Vaccination in Bombay 1869-1873 - 1869-1873
Year: 1869
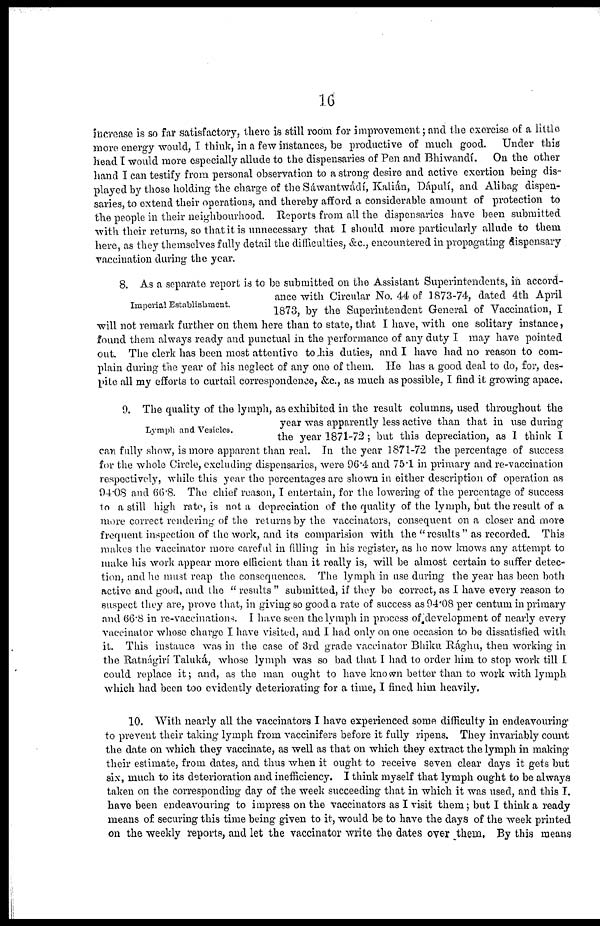
16
increase is so far satisfactory, there is still room for improvement; and the exercise of a little
more energy would, I think, in a few instances, be productive of much good. Under this
head I would more especially allude to the dispensaries of Pen and Bhiwandí. On the other
hand I can testify from personal observation to a strong desire and active exertion being dis-
played by those holding the charge of the Sáwantwádí, Kalián, Dápulí, and Alibag dispen-
saries, to extend their operations, and thereby afford a considerable amount of protection to
the people in their neighbourhood. Reports from all the dispensaries have been submitted
with their returns, so that it is unnecessary that I should more particularly allude to them
here, as they themselves fully detail the difficulties, &c., encountered in propagating dispensary
vaccination during the year.
Imperial Establishment.
8. As a separate report is to be submitted on the Assistant Superintendents, in accord-
ance with Circular No. 44 of 1873-74, dated 4th April
1873, by the Superintendent General of Vaccination, I
will not remark further on them here than to state, that I have, with one solitary instance,
found them always ready and punctual in the performance of any duty I may have pointed
out. The clerk has been most attentive to his duties, and I have had no reason to com-
plain during the year of his neglect of any one of them. He has a good deal to do, for, des-
pite all my efforts to curtail correspondence, &c., as much as possible, I find it growing apace.
Lymph and Vesicles.
9. The quality of the lymph, as exhibited in the result columns, used throughout the
year was apparently less active than that in use during
the year 1871-72; but this depreciation, as I think I
can fully show, is more apparent than real. In the year 1871-72 the percentage of success
for the whole Circle, excluding dispensaries, were 96.4 and 75.1 in primary and re-vaccination
respectively, while this year the percentages are shown in either description of operation as
94.08 and 66.8. The chief reason, I entertain, for the lowering of the percentage of success
to a still high rate, is not a depreciation of the quality of the lymph, but the result of a
more correct rendering of the returns by the vaccinators, consequent on a closer and more
frequent inspection of the work, and its comparision with the " results " as recorded. This
makes the vaccinator more careful in filling in his register, as he now knows any attempt to
make his work appear more efficient than it really is, will be almost certain to suffer detec-
tion, and he must reap the consequences. The lymph in use during the year has been both
active and good, and the " results " submitted, if they be correct, as I have every reason to
suspect they are, prove that, in giving so good a rate of success as 94.08 per centum in primary
and 66.8 in re-vaccinations. I have seen the lymph in process of development of nearly every
vaccinator whose charge I have visited, and I had only on one occasion to be dissatisfied with
it. This instance was in the case of 3rd grade vaccinator Bhiku Rághu, then working in
the Ratnágirí Taluká, whose lymph was so bad that I had to order him to stop work till I
could replace it; and, as the man ought to have known better than to work with lymph
which had been too evidently deteriorating for a time, I fined him heavily.
10. With nearly all the vaccinators I have experienced some difficulty in endeavouring
to prevent their taking lymph from vaccinifers before it fully ripens. They invariably count
the date on which they vaccinate, as well as that on which they extract the lymph in making
their estimate, from dates, and thus when it ought to receive seven clear days it gets but
six, much to its deterioration and inefficiency. I think myself that lymph ought to be always
taken on the corresponding day of the week succeeding that in which it was used, and this I.
have been endeavouring to impress on the vaccinators as I visit them; but I think a ready
means of securing this time being given to it, would be to have the days of the week printed
on the weekly reports, and let the vaccinator write the dates over them. By this means